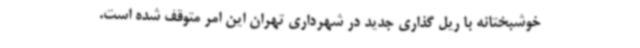
خوشبختانه با ریل گذاری جدید در شهرداری تهران این امر متوقف شده است.